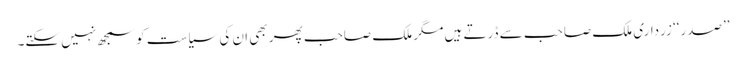
’’صدر‘‘ زرداری ملک صاحب سے ڈرتے ہیں مگر ملک صاحب پھر بھی ان کی سیاست کو سمجھ نہیں سکتے۔